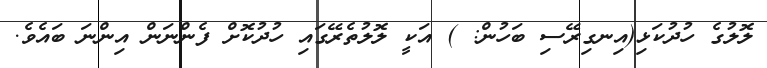
ލޮލުގެ ހުދުކަޅި(އިނގިރޭސި ބަހުން: ) އަކީ ލޮލުތެރޭގައި ހުދުކޮށް ފެންނަން އިންނަ ބައެވެ.